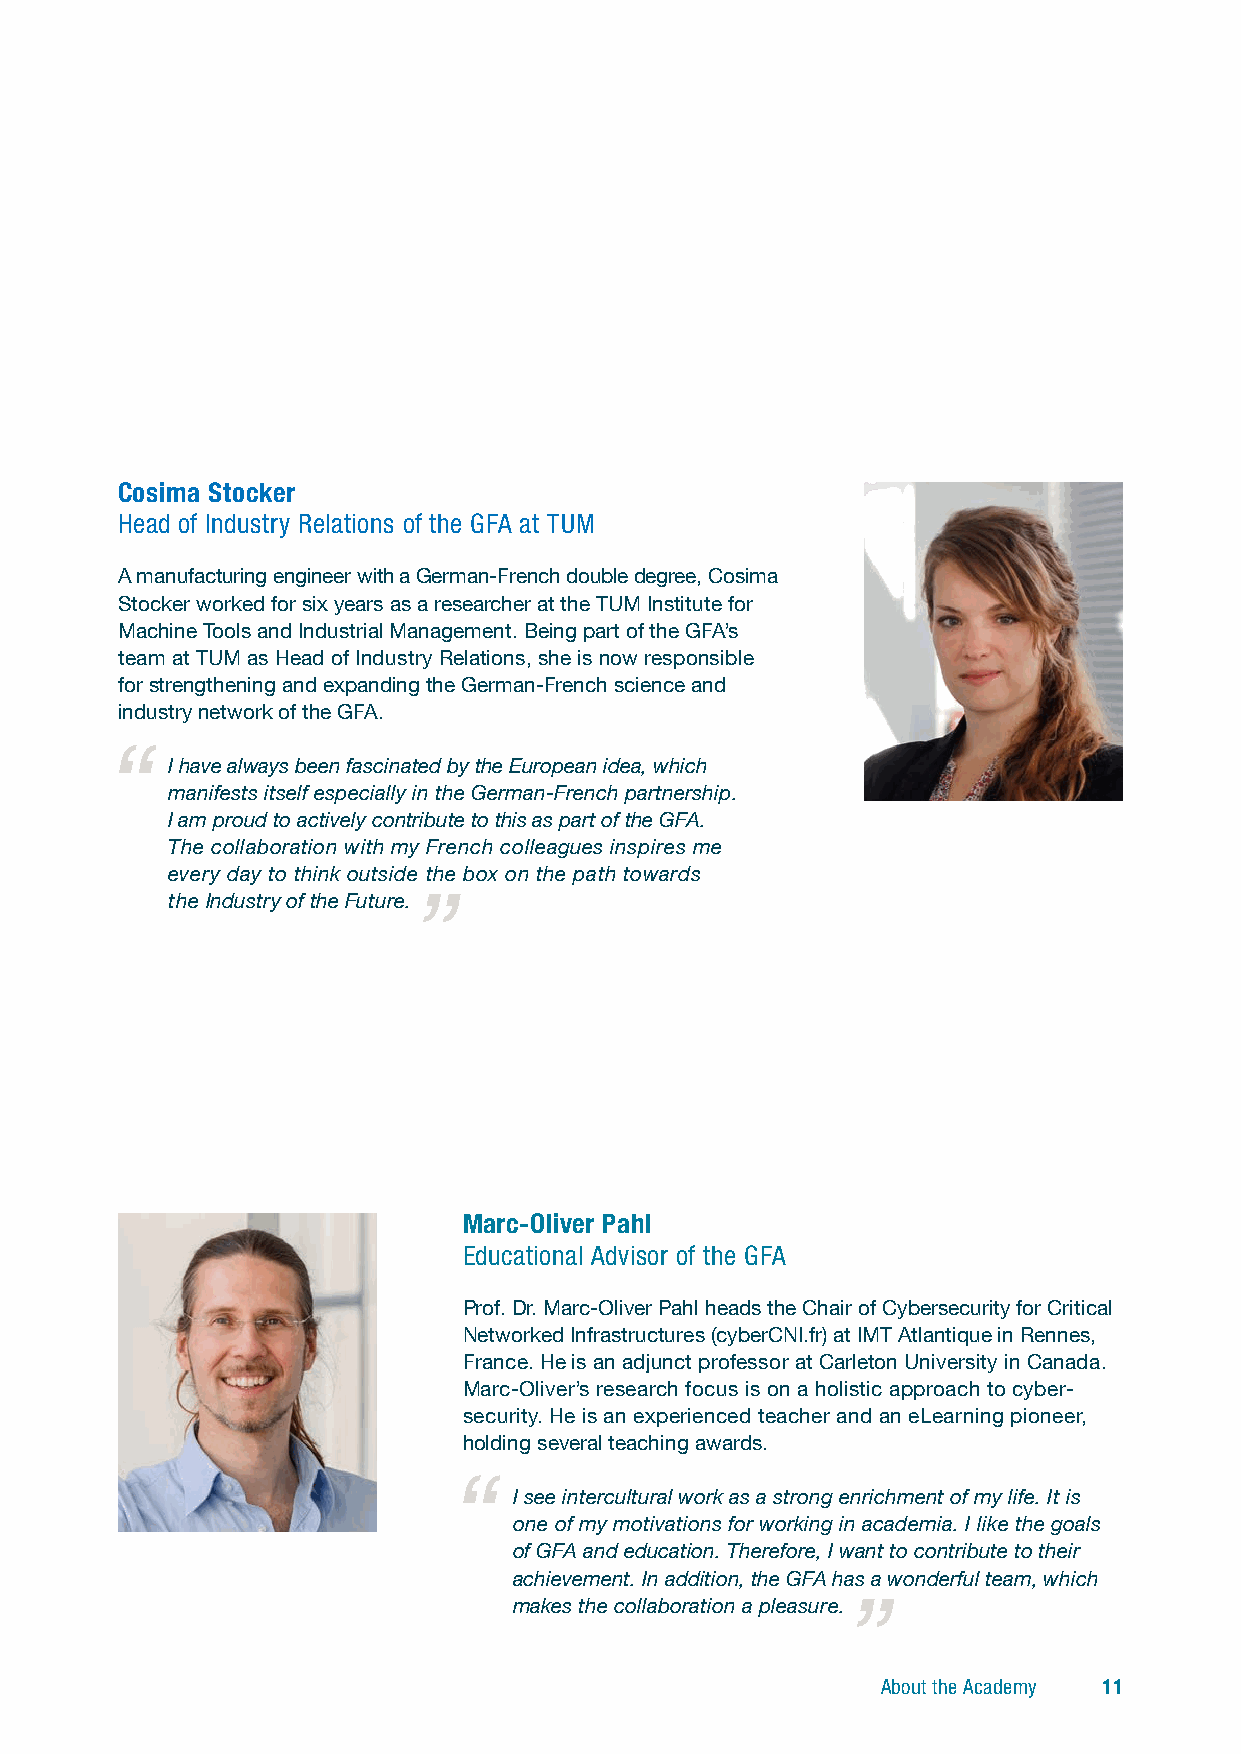
Cosima Stocker
 Head of Industry Relations of the GFA at TUM
 A manufacturing engineer with a German-French d ouble d egree, Cosima
 Stocker worked for six years as a researcher at the TUM Institute for
 Machine Tools and Industrial Management. Being part of the GFA’s
 team at TUM as Head of Industry Relations, she is now responsible
 for strengthening and expanding the German-French science and
 industry network of the GFA.
 I have always been fascinated by the European idea, which
 manifests itself especially in the German-French partnership.
 I am proud to actively contribute to this as part of the GFA.
 The collaboration with my French colleagues inspires me
 every day to think outside the box on the path towards
 the Industry of the Future.
 Marc-Oliver Pahl
 Educational Advisor of the GFA
 Prof. Dr. Marc-Oliver Pahl heads the Chair of Cybersecurity for Critical
 Networked Infrastructures (cyberCNI.fr) at IMT Atlantique in Rennes,
 France. He is an adjunct professor at Carleton University in Canada.
 Marc-Oliver’s research focus is on a holistic approach to cyber-
 security. He is an experienced teacher and an eLearning pioneer,
 holding several teaching awards.
 I see intercultural work as a strong enrichment of my life. It is
 one of my motivations for working in academia. I like the goals
 of GFA and education. Therefore, I want to contribute to their
 achievement. In addition, the GFA has a wonderful team, which
 makes the collaboration a pleasure.
 About the Academy 11